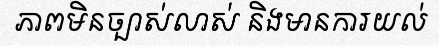
ភាពមិនច្បាស់លាស់ និងមានការយល់